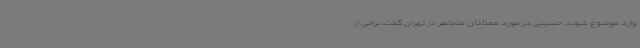
وارد موضوع شوند. حسینی در مورد معتادان متجاهر در تهران گفت: برخی از